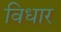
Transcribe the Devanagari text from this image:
विधार